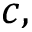
c ,